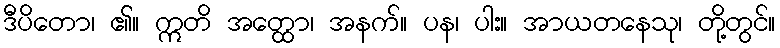
ဒီပိတော၊ ၏။ ဣတိ အတ္ထော၊ အနက်။ ပန၊ ပါး။ အာယတနေသု၊ တို့တွင်။